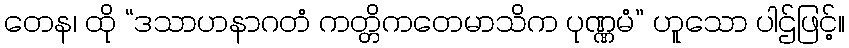
တေန၊ ထို “ဒသာဟနာဂတံ ကတ္တိကတေမာသိက ပုဏ္ဏမံ” ဟူသော ပါဌ်ဖြင့်။